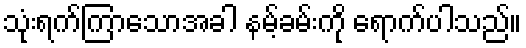
သုံးရက်ကြာသောအခါ နမ့်ခမ်းကို ရောက်ပါသည်။